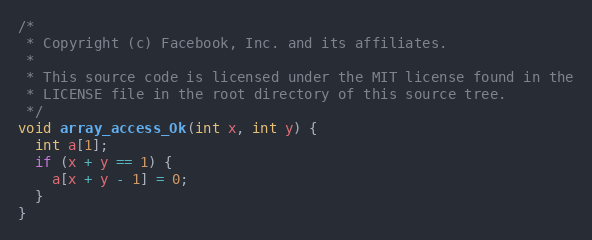
Language: C
/*
 * Copyright (c) Facebook, Inc. and its affiliates.
 *
 * This source code is licensed under the MIT license found in the
 * LICENSE file in the root directory of this source tree.
 */
void array_access_Ok(int x, int y) {
  int a[1];
  if (x + y == 1) {
    a[x + y - 1] = 0;
  }
}